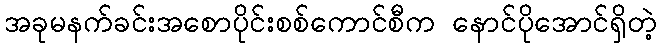
အခုမနက်ခင်းအစောပိုင်းစစ်ကောင်စီက နောင်ပိုအောင်ရှိတဲ့